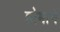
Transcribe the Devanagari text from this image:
होमाने